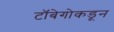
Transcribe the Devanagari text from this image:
टॉबेगोकडून